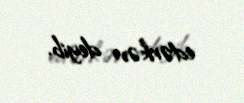
edərkən deyib.